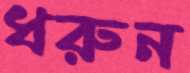
ধরুন